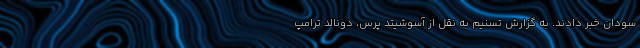
سودان خبر دادند. به گزارش تسنیم به نقل از آسوشیتد پرس، دونالد ترامپ